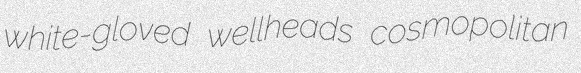
white-gloved wellheads cosmopolitan